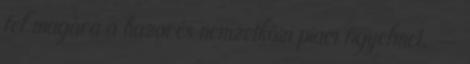
fel magára a hazai és nemzetközi piaci figyelmet. —